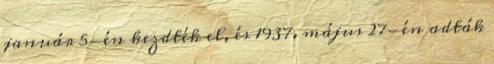
január 5-én kezdték el, és 1937. május 27-én adták